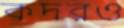
কদরও